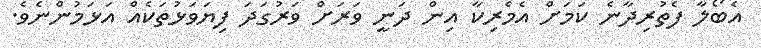
އެބޯލާ ފެތުރިދާނެ ކަމަށް އެމެރިކާ އިން ދަނީ ވަރަށް ވަރުގަދަ ފިޔަވަޅުތަކެއް އަޅަމުންނެވެ.